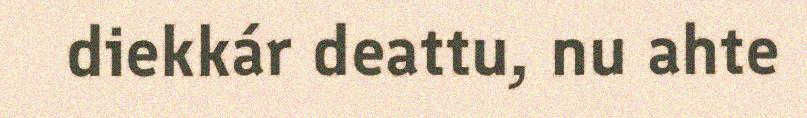
diekkár deattu, nu ahte